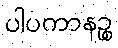
ပါပကာနဉ္စ